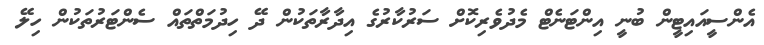
އެންސީއައިޓީން ބުނީ އިންޓަނެޓް މެދުވެރިކޮށް ސަރުކާރުގެ އިދާރާތަކުން ދޭ ހިދުމަތްތައް ސެންޓަރުތަކުން ހިލޭ